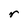
Character: r